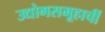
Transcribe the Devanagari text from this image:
उद्योगसमूहाचीं